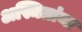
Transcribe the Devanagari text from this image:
अस्मितांना